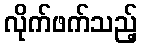
လိုက်ဖက်သည့်